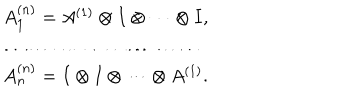
LaTeX: \begin{array} { l } { { A _ { 1 } ^ { ( n ) } = A ^ { ( 1 ) } \otimes I \otimes \cdots \otimes I , } } \\ { { \ldots \ldots \ldots \ldots \ldots \ldots \ldots \ldots } } \\ { { A _ { n } ^ { ( n ) } = I \otimes I \otimes \cdots \otimes A ^ { ( 1 ) } . } } \\ \end{array}